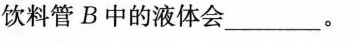
饮料管B中的液体会___。